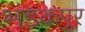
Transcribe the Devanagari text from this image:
भंडकपुर